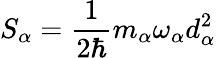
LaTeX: S_{\alpha}=\frac{1}{2\hbar}m_{\alpha}\omega_{\alpha}d_{\alpha}^{2}